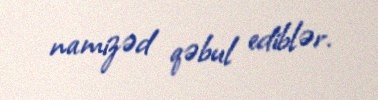
namizəd qəbul ediblər.